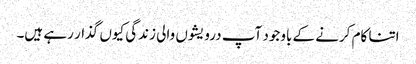
اتنا کام کرنے کے باوجود آپ درویشوں والی زندگی کیوں گذار رہے ہیں۔